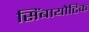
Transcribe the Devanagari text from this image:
सिंबायोटिक